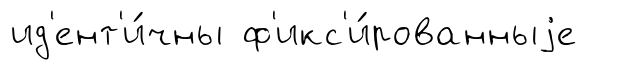
ид'ент'и́чны ф'икс'и́рованныjе